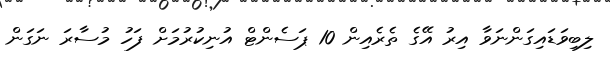
ލިބިވަޑައިގަންނަވާ އިރު އޭގެ ތެރެއިން 10 ޕަސެންޓް އުނިކުރުމަށް ފަހު މުސާރަ ނަގަން